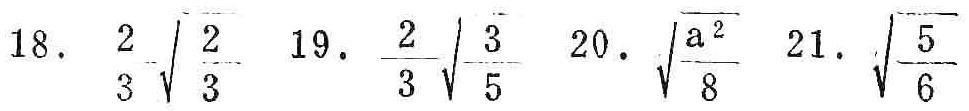
18. $\frac{2}{3}\sqrt{\frac{2}{3}}$ 19. $\frac{2}{3}\sqrt{\frac{3}{5}}$ 20. $\sqrt{\frac{a^{2}}{8}}$ 21. $\sqrt{\frac{5}{6}}$